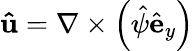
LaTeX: \mathbf{\hat{u}}=\nabla\times\left(\hat{\psi}\hat{\mathbf{e}}_{y}\right)